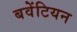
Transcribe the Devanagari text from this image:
बवेंटियन